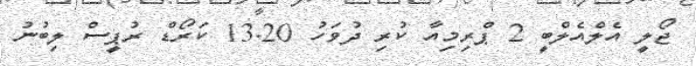
ޖޯލީ އެލްއެލްބީ 2 ޕްރިމިއާ ކުރި ދުވަހު 13.20 ކަރޯޑް ރުޕީސް ލިބުނު